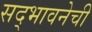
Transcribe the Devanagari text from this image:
सद्भावनेची